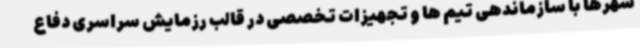
شهرها با سازماندهی تیم ها و تجهیزات تخصصی در قالب رزمایش سراسری دفاع